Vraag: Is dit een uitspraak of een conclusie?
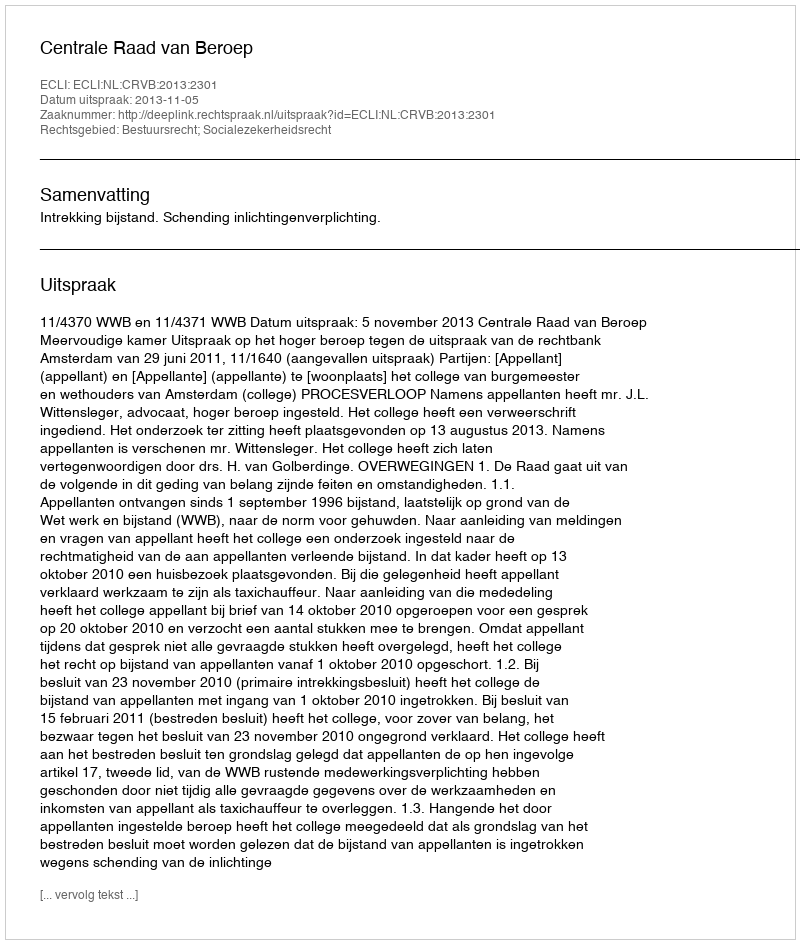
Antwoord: Uitspraak